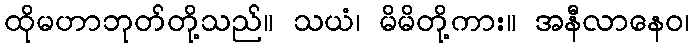
ထိုမဟာဘုတ်တို့သည်။ သယံ၊ မိမိတို့ကား။ အနီလာနေဝ၊